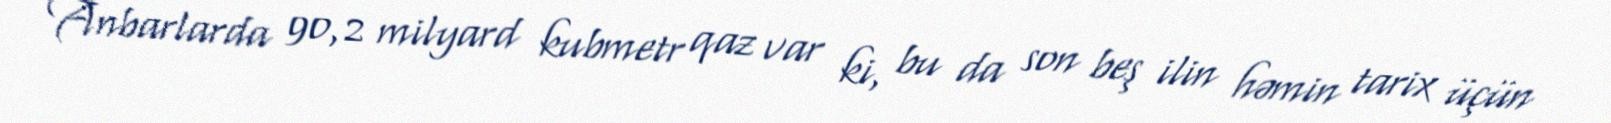
Anbarlarda 90,2 milyard kubmetr qaz var ki, bu da son beş ilin həmin tarix üçün